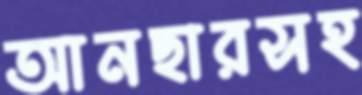
আনছারসহ